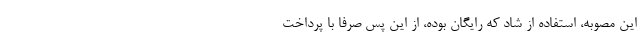
این مصوبه، استفاده از شاد که رایگان بوده، از این پس صرفا با پرداخت